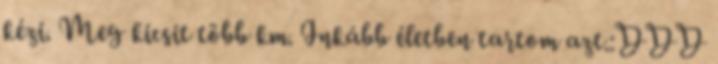
kézi. Meg kicsit több km. Inkább életben tartom azt.:DDD